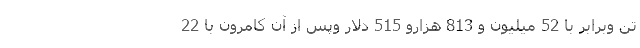
تن وبرابر با 52 میلیون و 813 هزارو 515 دلار وپس از آن کامرون با 22